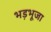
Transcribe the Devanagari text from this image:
भड़भूजा